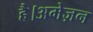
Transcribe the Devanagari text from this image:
है।अमेज़न